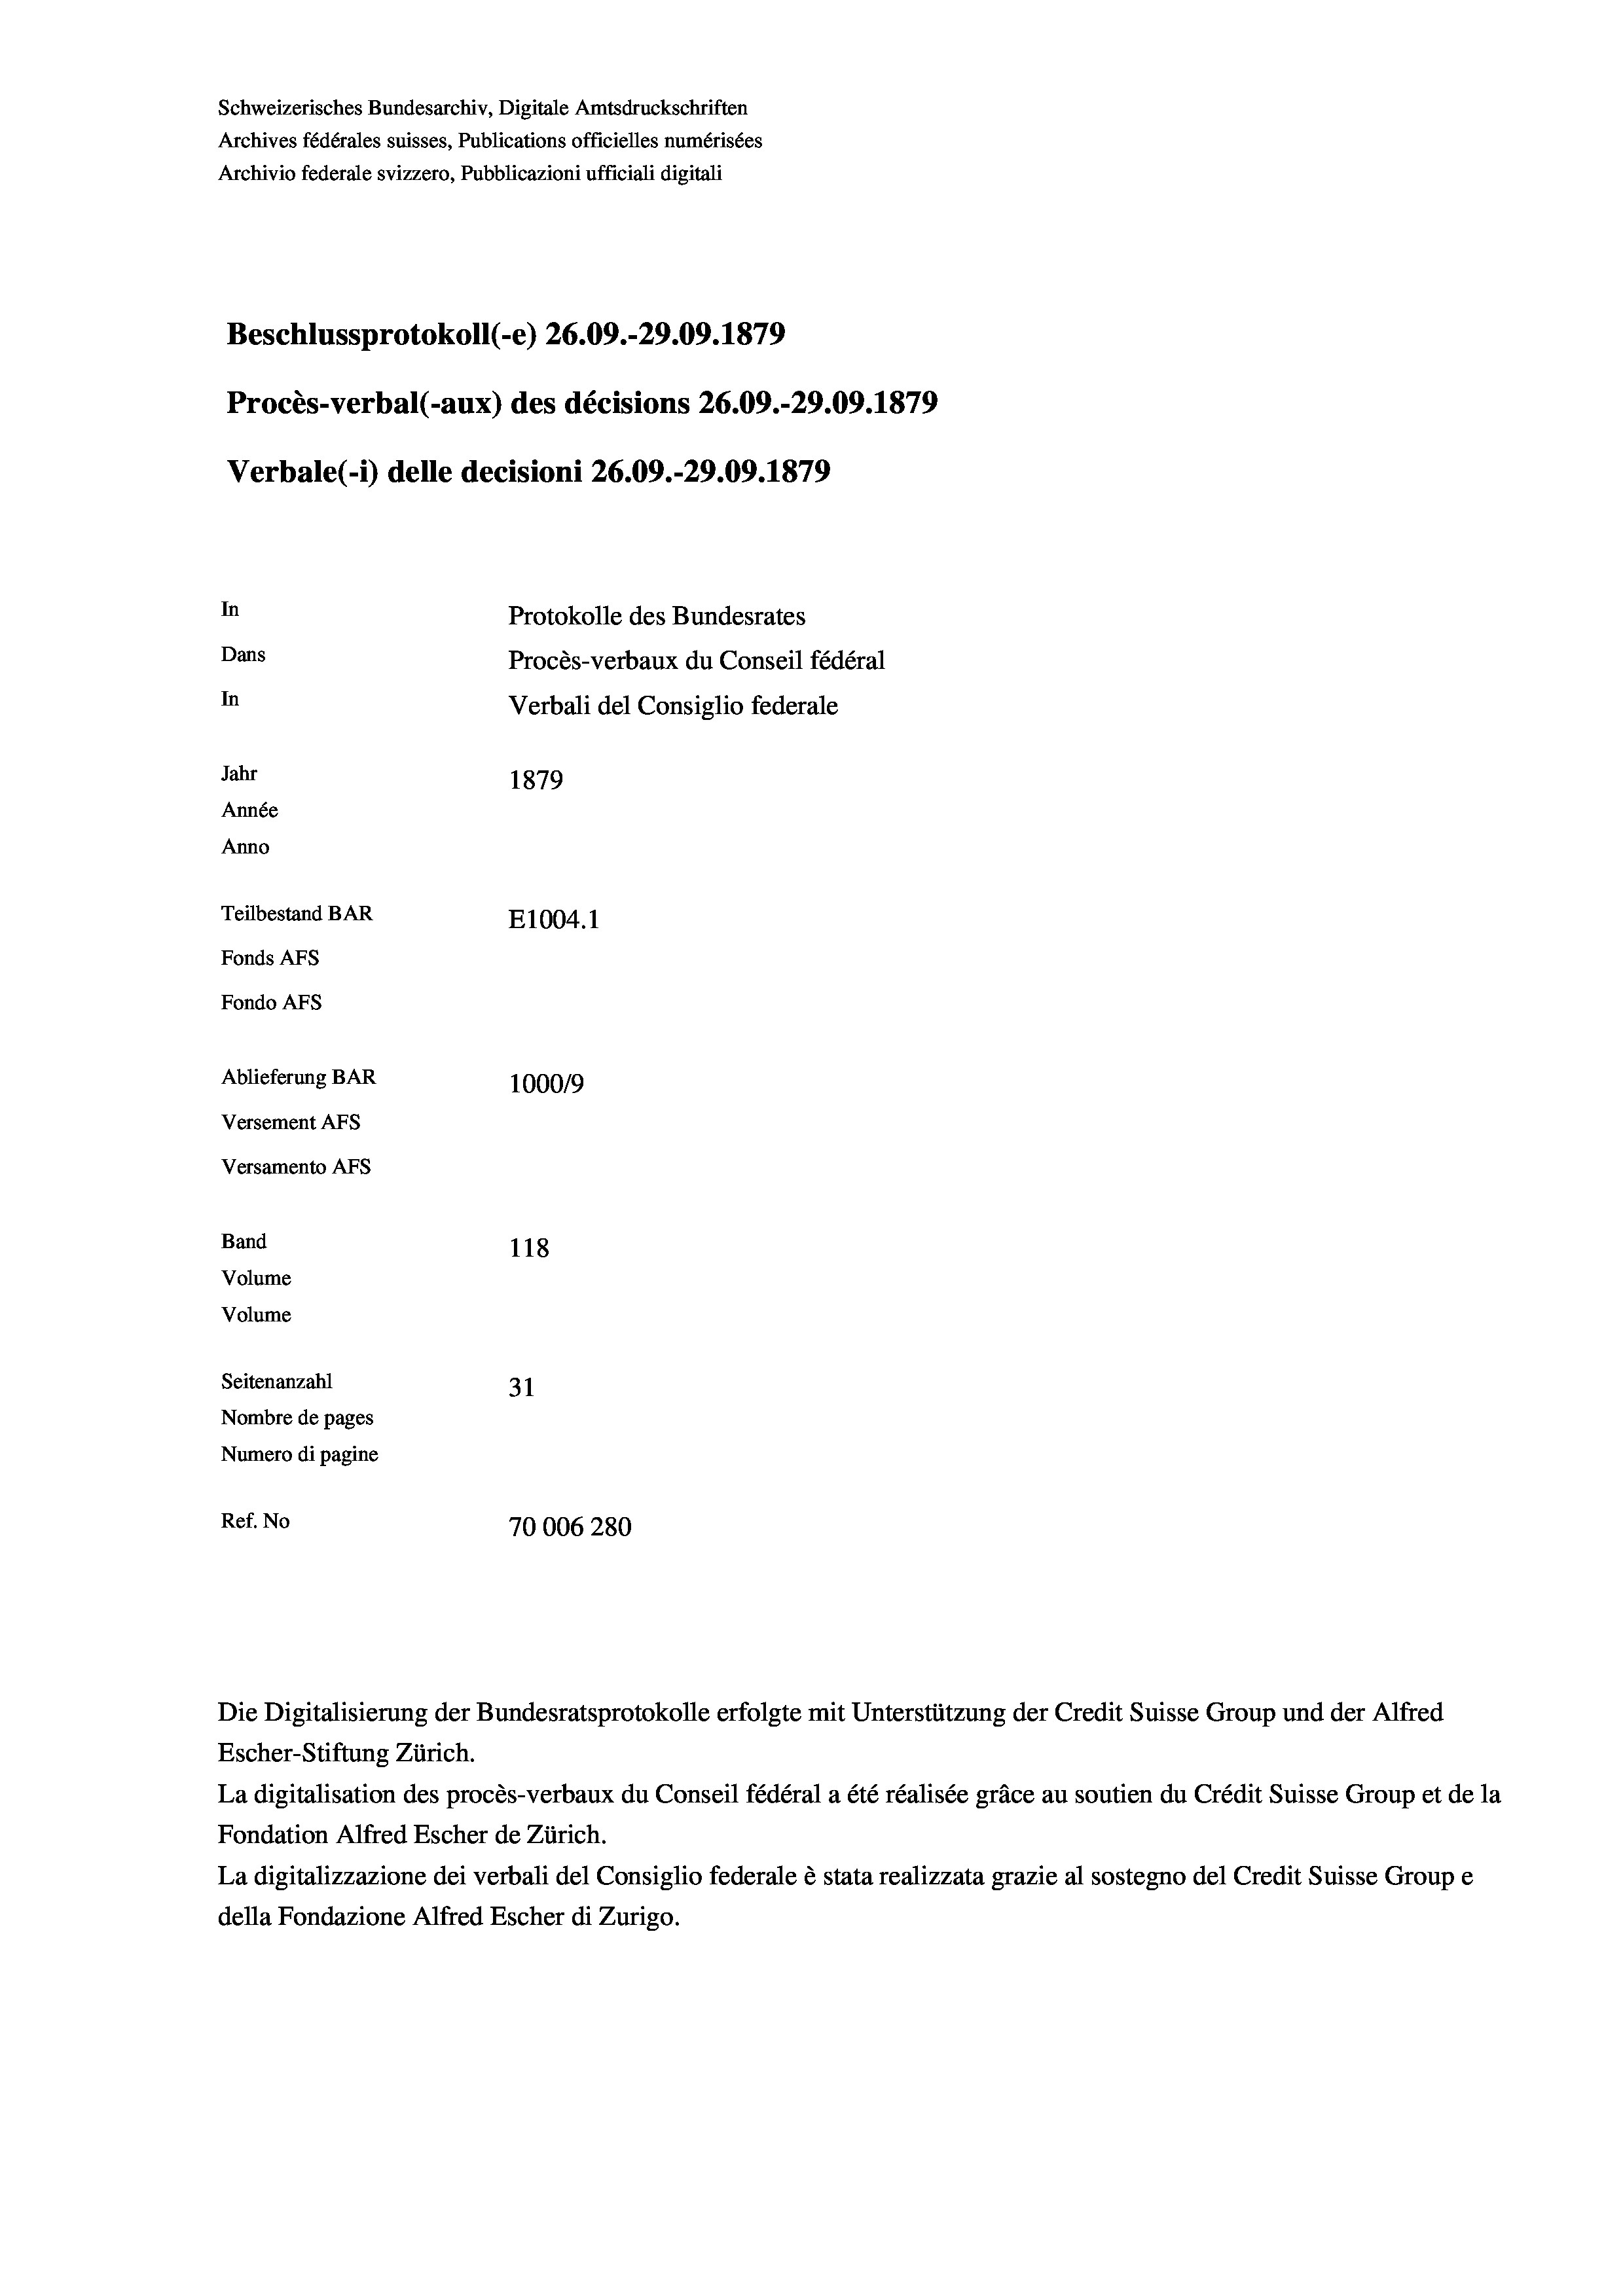
Schweizerisches Bundesarchiv, Digitale Amtsdruckschriften
Archives fédérales suisses, Publications officielles numérisées
Archivio federale svizzero, Pubblicazioni ufficiali digitali
Beschlussprotokoll (-e) 26.09.-29.09. 1879
Procès-verbal (-aux) des décisions 26.09.-29.09. 1879
Verbale (1) delle decisioni 26.09.-29.09. 1879
In
Protokolle des Bundesrates
Dans
Procès-verbaux du Conseil fédéral
In
Verbali del Consiglio federale
Jahr
1879
Année
Anno
Teilbestand BAR
E1004.1
Fonds AFs
Fondo AFS
Ablieferung BAR
100019
Versement AFs
Versamento AFs
Band
118
Volume
Volume
Seitenanzahl
31
Nombre de pages
Numero di pagine
Ref. No
70006280

Escher-Stiftung Zürich.
La digitalisation des procès-verbaux du Conseil fédéral a été réalisée gräce au soutien du Crédit Suisse Group et de la
Fondation Alfred Escher de Zürich.
La digitalizzazione dei verbali del Consiglio federale è stata realizzata grazie al sostegno del Credit Suisse Groupe
della Fondazione Alfred Escher di Zurigo.

Die Digitalisierung der Bundesratsprotokolle erfolgte mit Unterstützung der Credit Suisse Group und der Alfred